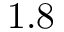
1 . 8